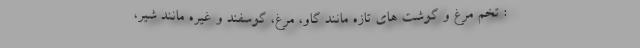
: تخم مرغ و گوشت های تازه مانند گاو، مرغ، گوسفند و غیره مانند شیر،